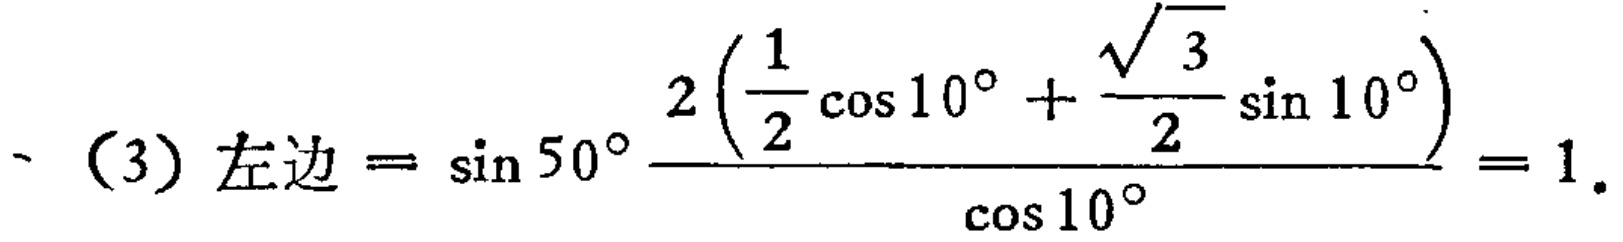
（3）左边\(=\sin 50^{\circ}\frac{2\left(\frac{1}{2}\cos 10^{\circ}+\frac{\sqrt{3}}{2}\sin 10^{\circ}\right)}{\cos 10^{\circ}} = 1\)